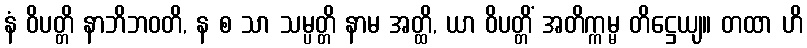
နံ ဝိပတ္တိ နာဘိဘဝတိ, န စ သာ သမ္ပတ္တိ နာမ အတ္ထိ, ယာ ဝိပတ္တိံ အတိက္ကမ္မ တိဋ္ဌေယျ။ တထာ ဟိ